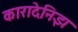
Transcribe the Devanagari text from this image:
कारादेनिझ